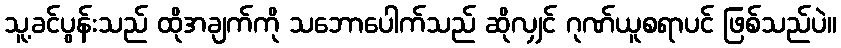
သူ့ခင်ပွန်းသည် ထိုအချက်ကို သဘောပေါက်သည် ဆိုလျှင် ဂုဏ်ယူစရာပင် ဖြစ်သည်ပဲ။